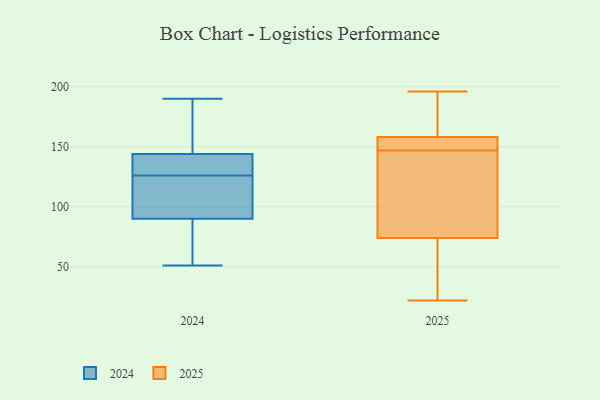
{"axis": {"x": "Net Income (USD K)", "y": "Value"}, "legend": ["2024", "2025"], "data": [{"x": "", "y": 118, "type": "2024"}, {"x": "", "y": 68, "type": "2024"}, {"x": "", "y": 141, "type": "2024"}, {"x": "", "y": 154, "type": "2024"}, {"x": "", "y": 126, "type": "2024"}, {"x": "", "y": 190, "type": "2024"}, {"x": "", "y": 136, "type": "2024"}, {"x": "", "y": 184, "type": "2024"}, {"x": "", "y": 90, "type": "2024"}, {"x": "", "y": 51, "type": "2024"}, {"x": "", "y": 90, "type": "2024"}, {"x": "", "y": 122, "type": "2024"}, {"x": "", "y": 130, "type": "2024"}, {"x": "", "y": 145, "type": "2024"}, {"x": "", "y": 65, "type": "2024"}, {"x": "", "y": 69, "type": "2025"}, {"x": "", "y": 58, "type": "2025"}, {"x": "", "y": 159, "type": "2025"}, {"x": "", "y": 156, "type": "2025"}, {"x": "", "y": 147, "type": "2025"}, {"x": "", "y": 196, "type": "2025"}, {"x": "", "y": 147, "type": "2025"}, {"x": "", "y": 166, "type": "2025"}, {"x": "", "y": 89, "type": "2025"}, {"x": "", "y": 142, "type": "2025"}, {"x": "", "y": 22, "type": "2025"}]}